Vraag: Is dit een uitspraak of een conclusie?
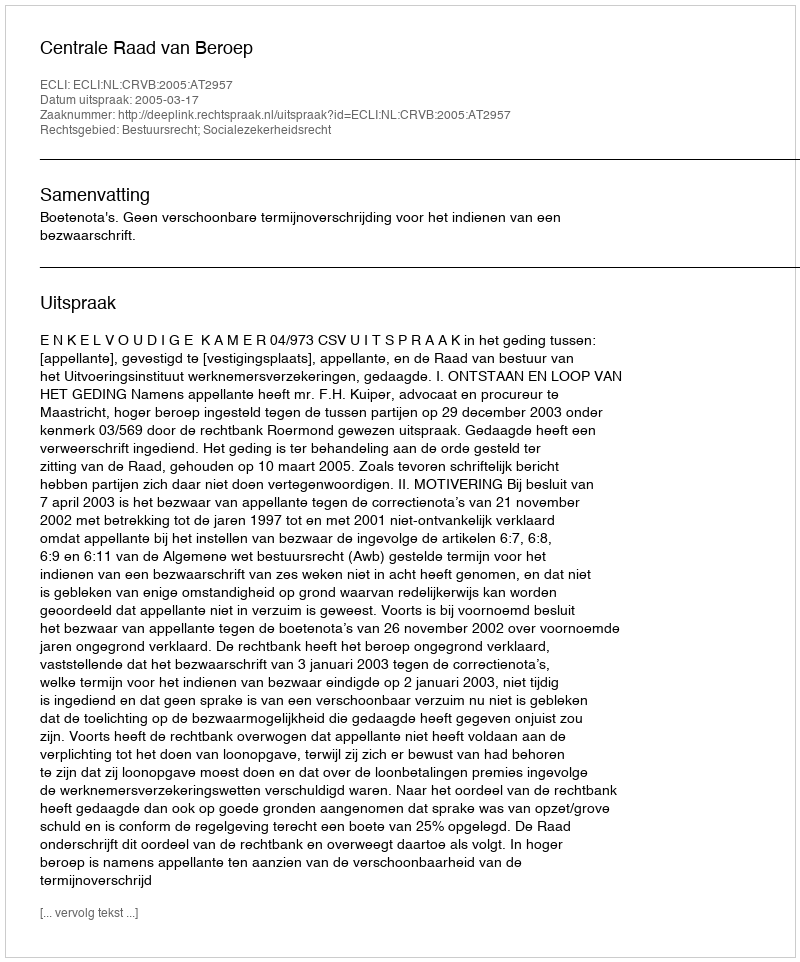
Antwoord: Uitspraak